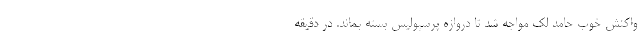
واکنش خوب حامد لک مواجه شد تا دروازه پرسپولیس بسته بماند. در دقیقه